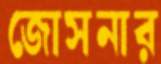
জোসনার